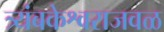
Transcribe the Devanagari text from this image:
त्र्यंबकेश्वराजवळ